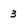
Character: 3